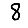
Digit: 8